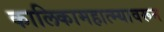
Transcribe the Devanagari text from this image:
कालिकामहात्म्यावरून